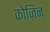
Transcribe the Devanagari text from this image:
कोज़िन